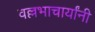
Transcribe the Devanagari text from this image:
वल्लभाचार्यांनी